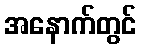
အနောက်တွင်